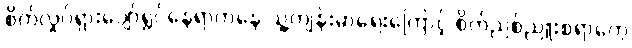
စိတ်လှုပ်ရှားပျော်ရွှင်နေရာကနေ သူ့ကျန်းမာရေးကြောင့် စိတ်ညစ်ညူးစရာတွေ